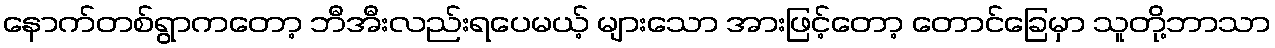
နောက်တစ်ရွာကတော့ ဘီအီးလည်းရပေမယ့် များသော အားဖြင့်တော့ တောင်ခြေမှာ သူတို့ဘာသာ